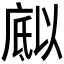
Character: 𭙪